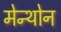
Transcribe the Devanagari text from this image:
मेन्थोन